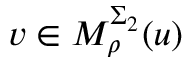
v \in M _ { \rho } ^ { \Sigma _ { 2 } } ( u )